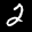
Label: 2